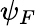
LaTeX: \psi_{F}